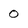
Character: 0